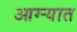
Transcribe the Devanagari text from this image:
आग्ऱ्यात